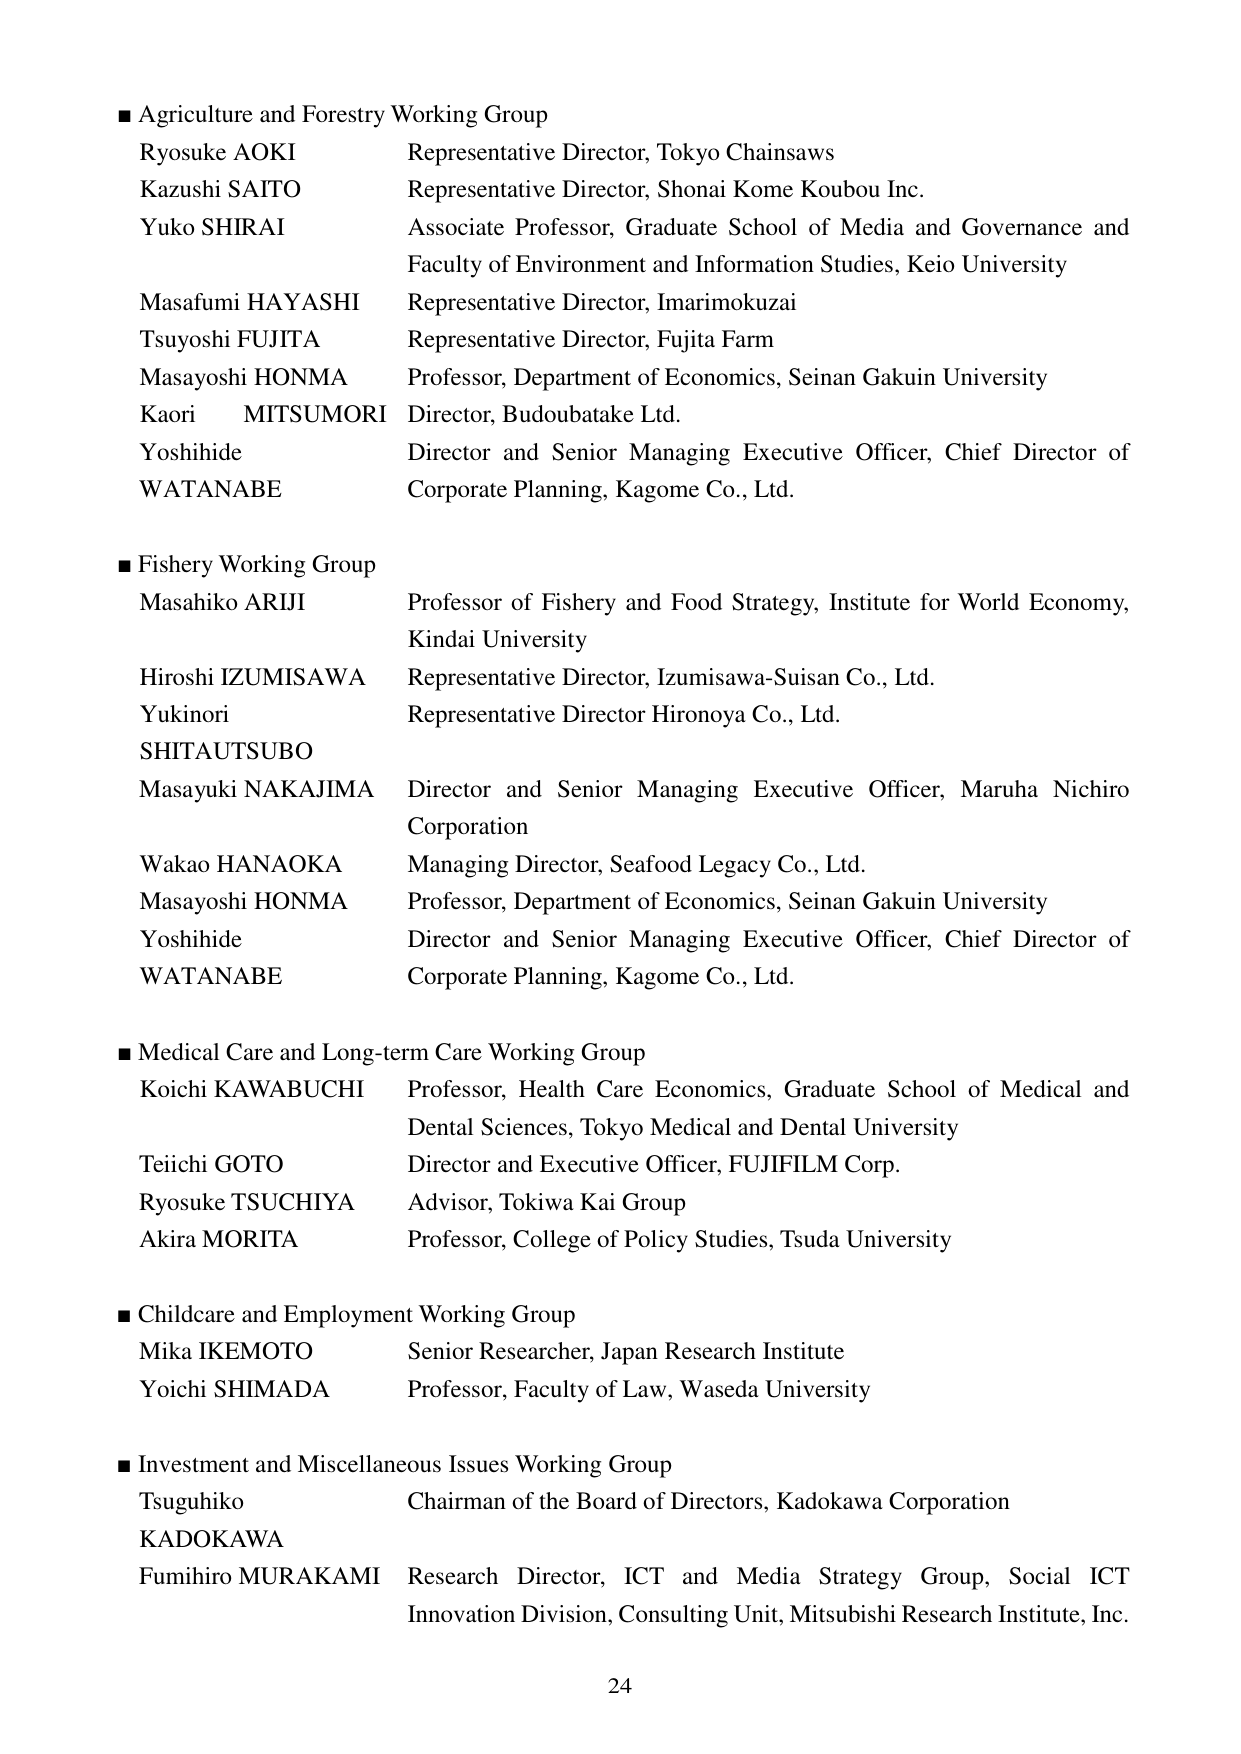
■ Agriculture and Forestry Working Group
Ryosuke AOKI Representative Director, Tokyo Chainsaws
Kazushi SAITO Representative Director, Shonai Kome Koubou Inc.
Yuko SHIRAI Associate Professor, Graduate School of Media and Governance and Faculty of Environment and Information Studies, Keio University
Masafumi HAYASHI Representative Director, Imarimokuzai
Tsuyoshi FUJITA Representative Director, Fujita Farm
Masayoshi HONMA Professor, Department of Economics, Seinan Gakuin University
Kaori MITSUMORI Director, Budoubatake Ltd.
Yoshihide WATANABE Director and Senior Managing Executive Officer, Chief Director of Corporate Planning, Kagome Co., Ltd.

■ Fishery Working Group
Masahiko ARIJI Professor of Fishery and Food Strategy, Institute for World Economy, Kindai University
Hiroshi IZUMISAWA Representative Director, Izumisawa-Suisan Co., Ltd.
Yukinori SHITAUTSUBO Representative Director Hironoya Co., Ltd.
Masayuki NAKAJIMA Director and Senior Managing Executive Officer, Maruha Nichiro Corporation
Wakao HANAOKA Managing Director, Seafood Legacy Co., Ltd.
Masayoshi HONMA Professor, Department of Economics, Seinan Gakuin University
Yoshihide WATANABE Director and Senior Managing Executive Officer, Chief Director of Corporate Planning, Kagome Co., Ltd.

■ Medical Care and Long-term Care Working Group
Koichi KAWABUCHI Professor, Health Care Economics, Graduate School of Medical and Dental Sciences, Tokyo Medical and Dental University
Teiichi GOTO Director and Executive Officer, FUJIFILM Corp.
Ryosuke TSUCHIYA Advisor, Tokiwa Kai Group
Akira MORITA Professor, College of Policy Studies, Tsuda University

■ Childcare and Employment Working Group
Mika IKEMOTO Senior Researcher, Japan Research Institute
Yoichi SHIMADA Professor, Faculty of Law, Waseda University

■ Investment and Miscellaneous Issues Working Group
Tsuguhiko KADOKAWA Chairman of the Board of Directors, Kadokawa Corporation
Fumihiro MURAKAMI Research Director, ICT and Media Strategy Group, Social ICT Innovation Division, Consulting Unit, Mitsubishi Research Institute, Inc.

24